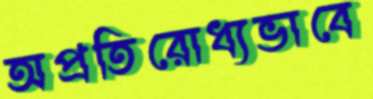
অপ্রতিরোধ্যভাবে